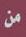
من